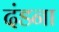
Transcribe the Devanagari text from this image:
दंडना